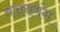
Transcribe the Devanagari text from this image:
वचनभंग